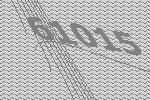
61015